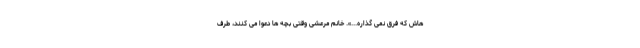
هاش که فرق نمی گذاره...». خانم مرعشی وقتی بچه ها دعوا می کنند، طرف